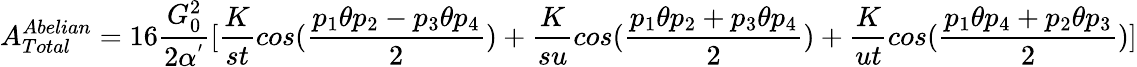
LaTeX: A_{Total}^{Abelian}=16\frac{G_{0}^{2}}{2\alpha^{'}}[\frac{K}{st}cos(\frac{p_{1}\theta p_{2}-p_{3}\theta p_{4}}{2})+\frac{K}{su}cos(\frac{p_{1}\theta p_{2}+p_{3}\theta p_{4}}{2})+\frac{K}{ut}cos(\frac{p_{1}\theta p_{4}+p_{2}\theta p_{3}}{2})]